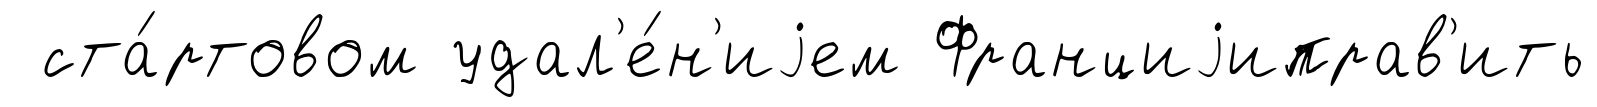
ста́ртовом удал'е́н'иjем Франциjиправ'ить